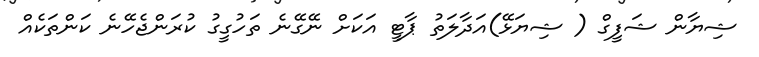
ޝިޔާން ޝަފީގް ( ޝިޔަޅޭ)އަދާލަތު ޕާޓީ އަކަށް ނޭގޭނެ ތަހުގީގު ކުރަންޖެހޭނެ ކަންތަކެއް